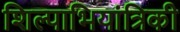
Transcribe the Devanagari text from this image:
शिल्पाभियांत्रिकी